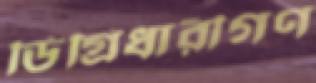
ডিগ্রিধারীগণ